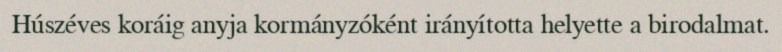
Húszéves koráig anyja kormányzóként irányította helyette a birodalmat.